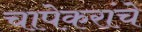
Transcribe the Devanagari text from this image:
चापेकरांचे